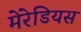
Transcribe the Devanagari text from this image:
मेरेडियस